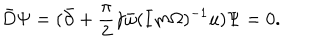
\bar { D } \Psi = ( \bar { \partial } + { \frac { \pi } { 2 } } \gamma \bar { \omega } ( I m \Omega ) ^ { - 1 } u ) \Psi = 0 .